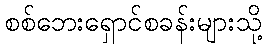
စစ်ဘေးရှောင်စခန်းများသို့